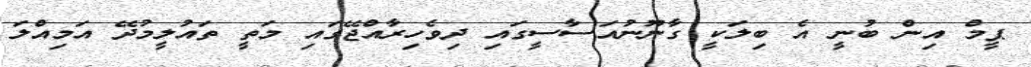
ޕީމް އިން ބުނީ އެ ބިލަކީ ގާނޫނުއަސާސީގައި ދިވެހިރާއްޖޭގައި މަތީ ތައުލީމުދޭ އަމިއްލަ